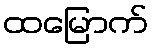
ထမြောက်